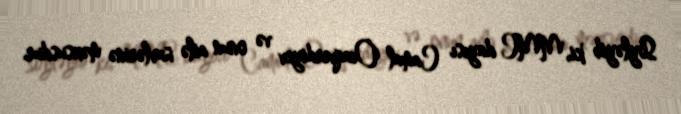
Söyləyib ki, MMC dayısı Camal Ocaqverdiyev və onun ailə üzvlərinə məxsusdur.